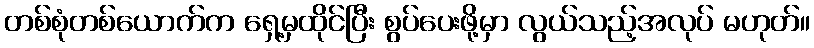
တစ်စုံတစ်ယောက်က ရှေ့မှထိုင်ပြီး စွပ်ပေးဖို့မှာ လွယ်သည့်အလုပ် မဟုတ်။